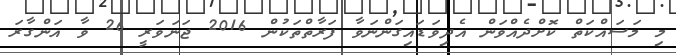
މި މަސައްކަތް ކޮށްދެއްވަން އެދިވަޑައިގަންނަވާ ފަރާތްތަކުން 2016 ޖަނަވަރީ 26 ވާ އަންގާރަ